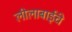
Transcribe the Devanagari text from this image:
लीलाबाईंचे